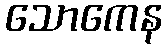
သောကေန